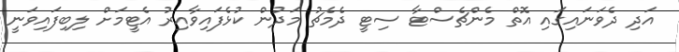
އަދި ދެވަނައިގައި އޮތް މެންޗެސްޓާ ސިޓީ ދެމެޗު މަދުން ކުޅެފައިވާއިރު އެޓީމަށް ލިބިފައިވަނީ